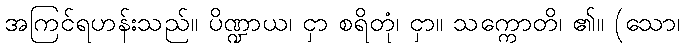
အကြင်ရဟန်းသည်။ ပိဏ္ဍာယ၊ ငှာ စရိတုံ၊ ငှာ။ သက္ကောတိ၊ ၏။ (သော၊